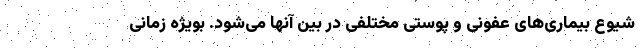
شیوع بیماری‌های عفونی و پوستی مختلفی در بین آنها می‌شود. بویژه زمانی